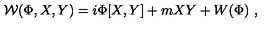
{ \cal W } ( \Phi , X , Y ) = i \Phi [ X , Y ] + m X Y + W ( \Phi ) \ ,